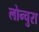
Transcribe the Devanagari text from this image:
लोन्चुरा